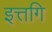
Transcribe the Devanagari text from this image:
इत्तगि